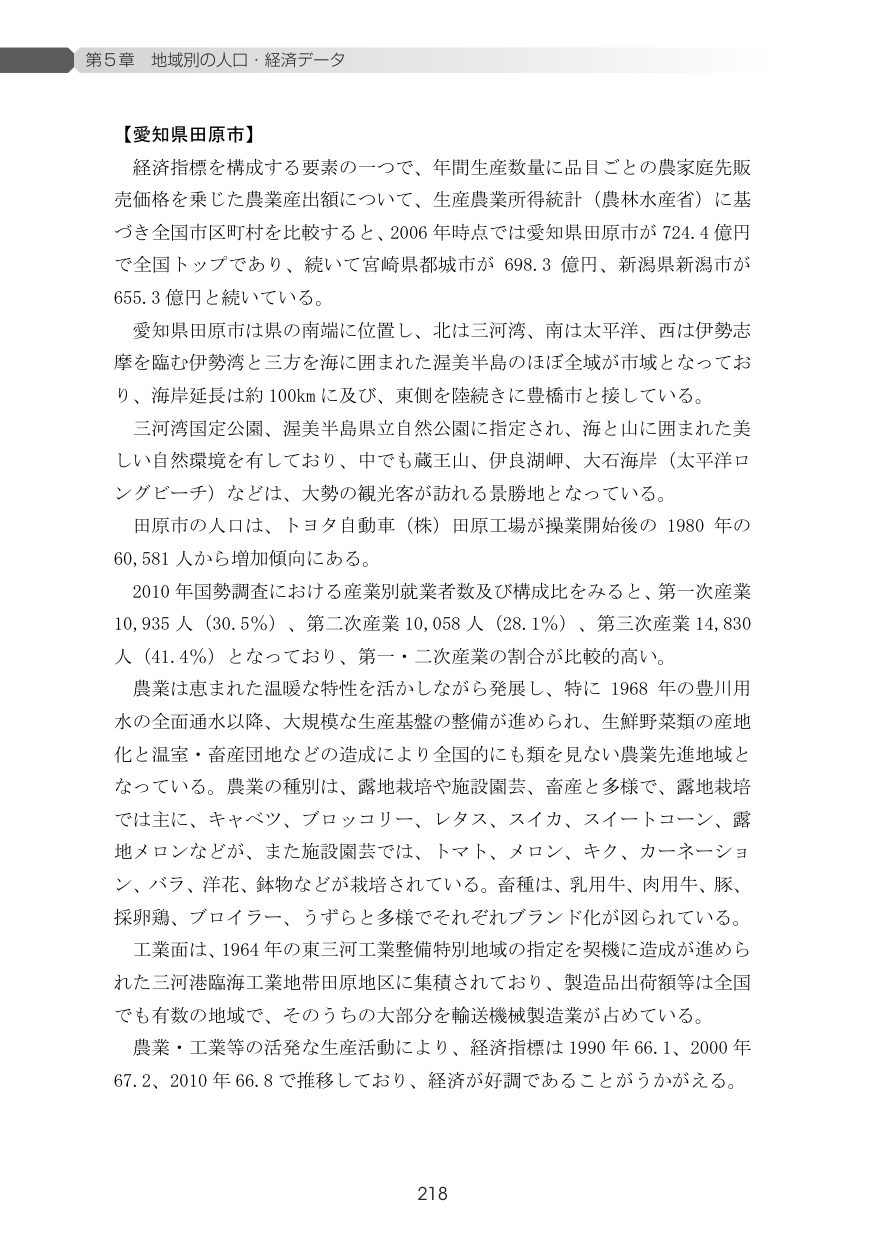
第5章 地域別の人口・経済データ

【愛知県田原市】

経済指標を構成する要素の一つで、年間生産数量に品目ごとの農家庭先販売価格を乗じた農業産出額について、生産農業所得統計（農林水産省）に基づき全国市区町村を比較すると、2006年時点では愛知県田原市が724.4億円で全国トップであり、続いて宮崎県都城市が698.3億円、新潟県新潟市が655.3億円と続いている。

愛知県田原市は県の南端に位置し、北は三河湾、南は太平洋、西は伊勢志摩を臨む伊勢湾と三方を海に囲まれた渥美半島のほぼ全域が市域となっており、海岸延長は約100kmに及び、東側を陸続きに豊橋市と接している。

三河湾国定公園、渥美半島県立自然公園に指定され、海と山に囲まれた美しい自然環境を有しており、中でも蔵王山、伊良湖岬、大石海岸（太平洋ロングビーチ）などは、大勢の観光客が訪れる景勝地となっている。

田原市の人口は、トヨタ自動車（株）田原工場が操業開始後の1980年の60,581人から増加傾向にある。

2010年国勢調査における産業別就業者数及び構成比をみると、第一次産業10,935人（30.5％）、第二次産業10,058人（28.1％）、第三次産業14,830人（41.4％）となっており、第一・二次産業の割合が比較的高い。

農業は恵まれた温暖な特性を活かしながら発展し、特に1968年の豊川用水の全面通水以降、大規模な生産基盤の整備が進められ、生鮮野菜類の産地化と温室・畜産団地などの造成により全国的にも類を見ない農業先進地域となっている。農業の種別は、露地栽培や施設園芸、畜産と多様で、露地栽培では主に、キャベツ、ブロッコリー、レタス、スイカ、スイートコーン、露地メロンなどが、また施設園芸では、トマト、メロン、キク、カーネーション、バラ、洋花、鉢物などが栽培されている。畜種は、乳用牛、肉用牛、豚、採卵鶏、ブロイラー、うずらと多様でそれぞれブランド化が図られている。

工業面は、1964年の東三河工業整備特別地域の指定を契機に造成が進められた三河港臨海工業地帯田原地区に集積されており、製造品出荷額等は全国でも有数の地域で、そのうちの大部分を輸送機械製造業が占めている。

農業・工業等の活発な生産活動により、経済指標は1990年66.1、2000年67.2、2010年66.8で推移しており、経済が好調であることがうかがえる。

218